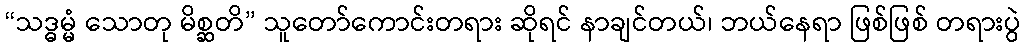
“သဒ္ဓမ္မံ သောတု မိစ္ဆတိ” သူတော်ကောင်းတရား ဆိုရင် နာချင်တယ်၊ ဘယ်နေရာ ဖြစ်ဖြစ် တရားပွဲ